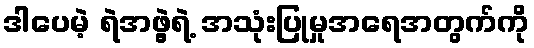
ဒါပေမဲ့ ရဲအဖွဲ့ရဲ့ အသုံးပြုမှုအရေအတွက်ကို